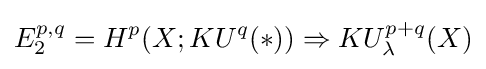
E_{2}^{p,q}=H^{p}(X;KU^{q}(*))\Rightarrow KU_{\lambda }^{p+q}(X)